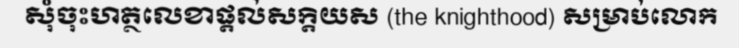
សុំចុះហត្ថលេខាផ្តល់សក្តិយស (the knighthood) សម្រាប់លោក